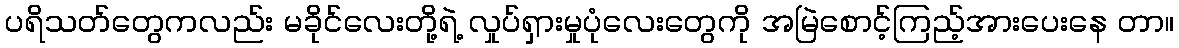
ပရိသတ်တွေကလည်း မခိုင်လေးတို့ရဲ့ လှုပ်ရှားမှုပုံလေးတွေကို အမြဲစောင့်ကြည့်အားပေးနေ တာ။